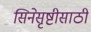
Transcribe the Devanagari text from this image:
सिनेसृष्टीसाठी